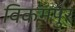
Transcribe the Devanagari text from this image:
विकमपुर